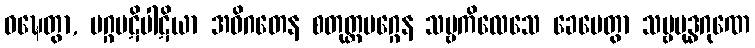
ဝဍ္ဎေတွာ, မဂ္ဂပဋိပါဋိယာ အဓိဂတေန စတုတ္ထမဂ္ဂေန သဗ္ဗကိလေသေ ခေပေတွာ သဗ္ဗဗုဒ္ဓဂုဏေ